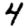
Digit: 4